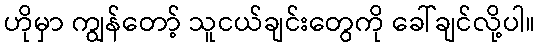
ဟိုမှာ ကျွန်တော့် သူငယ်ချင်းတွေကို ခေါ်ချင်လို့ပါ။